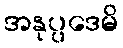
အနုပ္ပဒေမိ